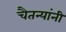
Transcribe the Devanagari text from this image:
चैतन्यांनी